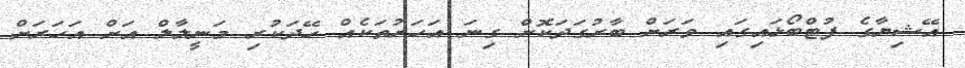
އޭޝިޔާގެ ފުޓްބޯޅައިގައި ވަރަށް ބާރުގަދަކޮށް ގިނަ އަހަރުތަކެއް ހޭދަކުރި މަނީލާލް އަށް އަހަރަށް